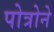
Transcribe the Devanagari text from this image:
पोत्रोने